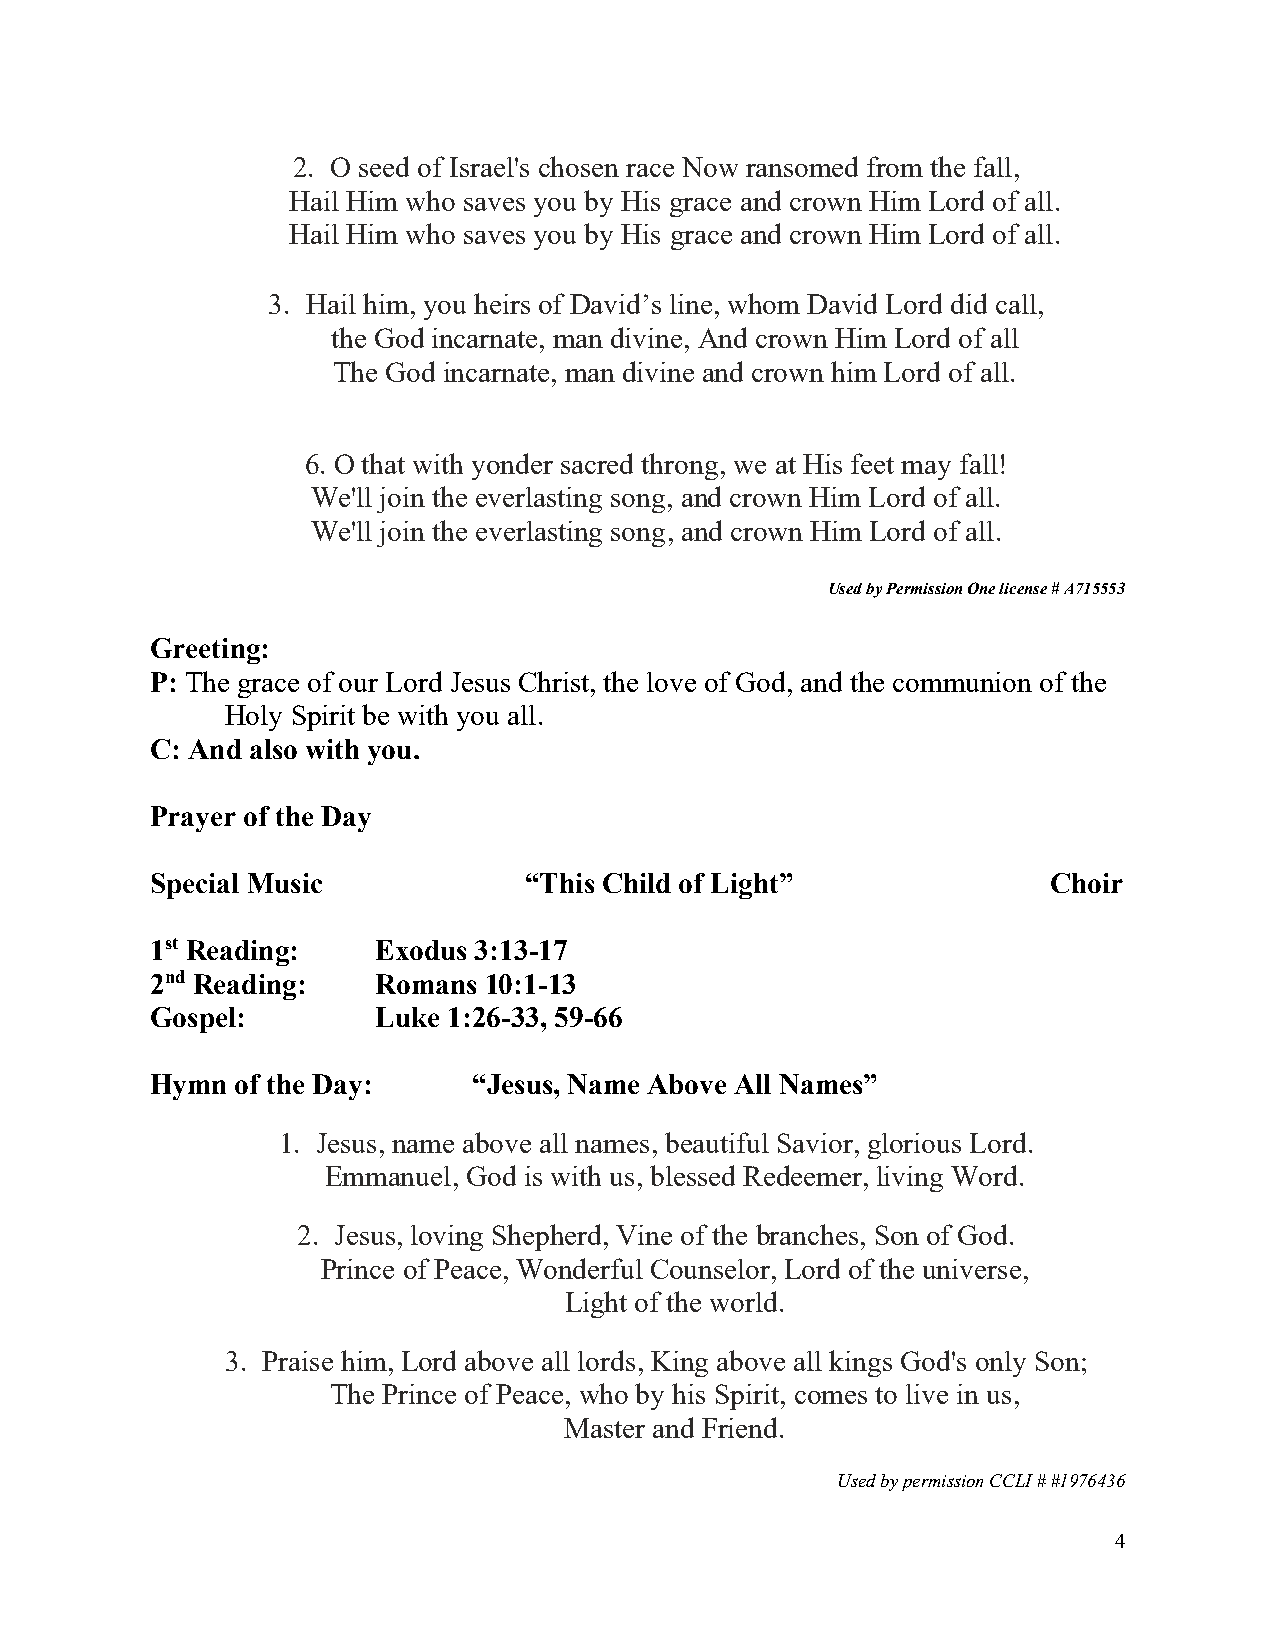
2. O seed of Israel's chosen race Now ransomed from the fall,
 Hail Him who saves you by His grace and crown Him Lord of all.
 Hail Him who saves you by His grace and crown Him Lord of all.
 3. Hail him, you heirs of David’s line, whom David Lord did call,
 the God incarnate, man divine, And crown Him Lord of all
 The God incarnate, man divine and crown him Lord of all.
 6. O that with yonder sacred throng, we at His feet may fall!
 We'll join the everlasting song, and crown Him Lord of all.
 We'll join the everlasting song, and crown Him Lord of all.
 Used by Permission One license # A715553
 Greeting:
 P: The grace of our Lord Jesus Christ, the love of God, and the communion of the
 Holy Spirit be with you all.
 C: And also with you.
 Prayer of the Day
 Special Music            “This Child of Light”              Choir
 1st Reading:   Exodus 3:13-17
 2nd Reading:   Romans 10:1-13
 Gospel:        Luke 1:26-33, 59-66
 Hymn  of the Day:    “Jesus, Name Above All Names”
 1. Jesus, name above all names, beautiful Savior, glorious Lord.
 Emmanuel, God is with us, blessed Redeemer, living Word.
 2. Jesus, loving Shepherd, Vine of the branches, Son of God.
 Prince of Peace, Wonderful Counselor, Lord of the universe,
 Light of the world.
 3. Praise him, Lord above all lords, King above all kings God's only Son;
 The Prince of Peace, who by his Spirit, comes to live in us,
 Master and Friend.
 Used by permission CCLI # #1976436
 4